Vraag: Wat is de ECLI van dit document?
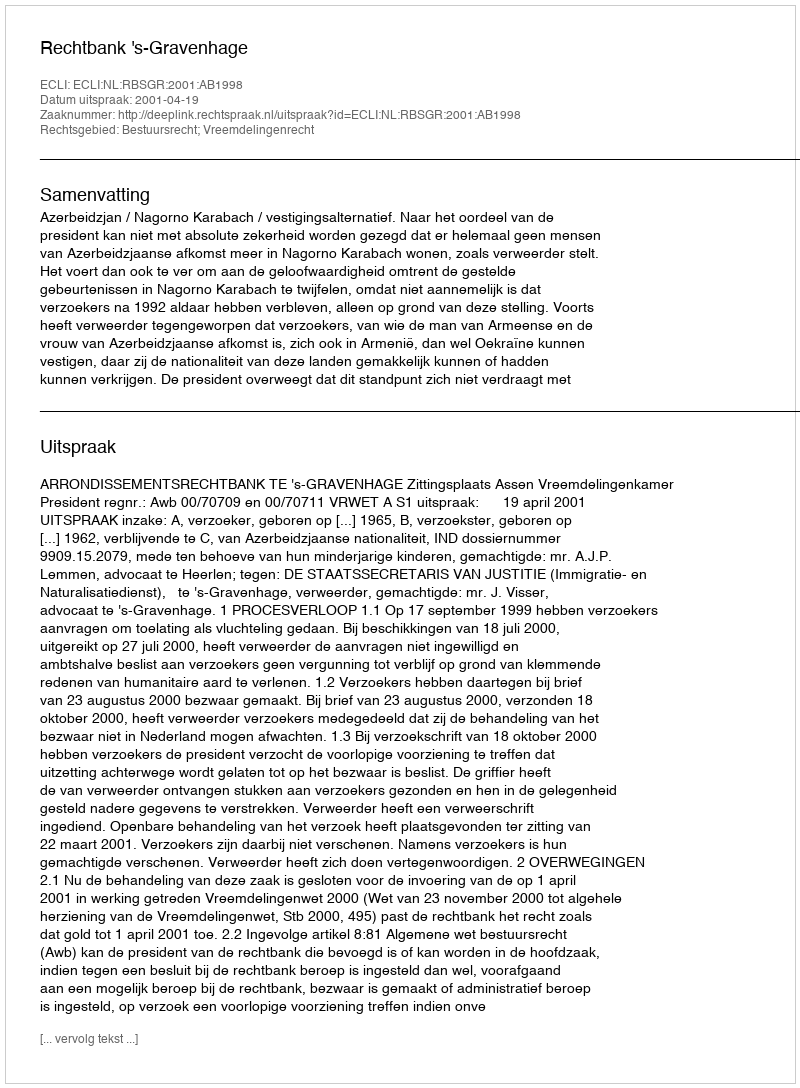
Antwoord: ECLI:NL:RBSGR:2001:AB1998